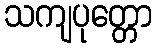
သကျပုတ္တော